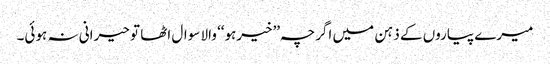
میرے پیاروں کے ذہن میں اگرچہ ’’خیرہو‘‘ والا سوال اٹھا تو حیرانی نہ ہوئی۔